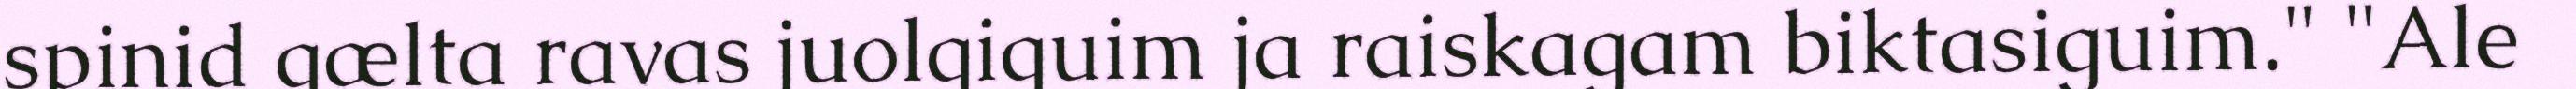
spinid gælta ravas juolgiguim ja raiskagam biktasiguim." "Ale